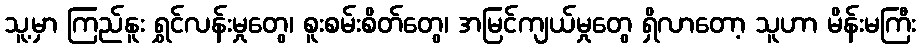
သူ့မှာ ကြည်နူး ရွှင်လန်းမှုတွေ၊ စူးစမ်းစိတ်တွေ၊ အမြင်ကျယ်မှုတွေ ရှိလာတော့ သူဟာ မိန်းမကြီး